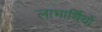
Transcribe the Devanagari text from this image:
लाभार्थियों